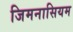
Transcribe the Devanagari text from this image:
जिमनासियम